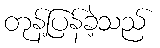
တုန့်ပြန်ခဲ့သည်